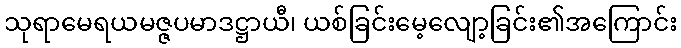
သုရာမေရယမဇ္ဇပမာဒဋ္ဌာယီ၊ ယစ်ခြင်းမေ့လျော့ခြင်း၏အကြောင်း